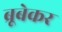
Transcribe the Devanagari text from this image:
ब्रूबेकर